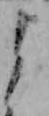
よ